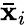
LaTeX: \mathbf{\bar{x}}_{i}